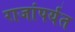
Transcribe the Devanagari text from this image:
राजांपर्यंत